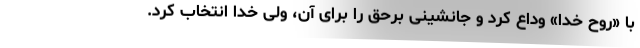
با «روح خدا» وداع کرد و جانشینی برحق را برای آن، ولی خدا انتخاب کرد.